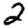
Digit: 2